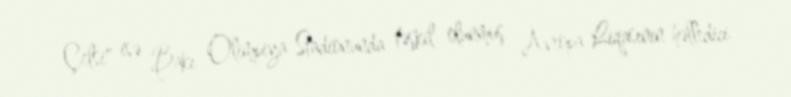
Çelsi" isə Bakı Olimpiya Stadionunda təşkil olunmuş Avropa Liqasının həlledici